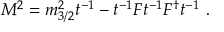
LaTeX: { \cal M } ^ { 2 } = m _ { 3 / 2 } ^ { 2 } t ^ { - 1 } - t ^ { - 1 } F t ^ { - 1 } F ^ { \dagger } t ^ { - 1 } \ .